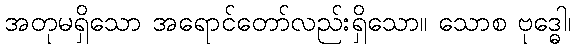
အတုမရှိသော အရောင်တော်လည်းရှိသော။ သောစ ဗုဒ္ဓေါ၊